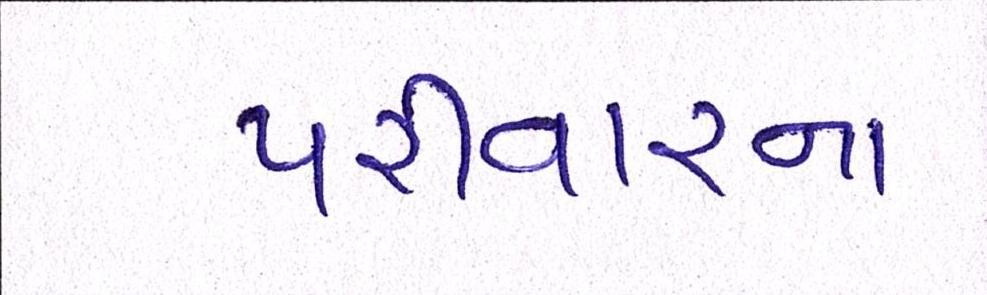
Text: પરીવારના